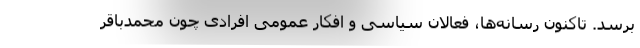
برسد. تاکنون رسانه‌ها، فعالان سیاسی و افکار عمومی افرادی چون محمدباقر